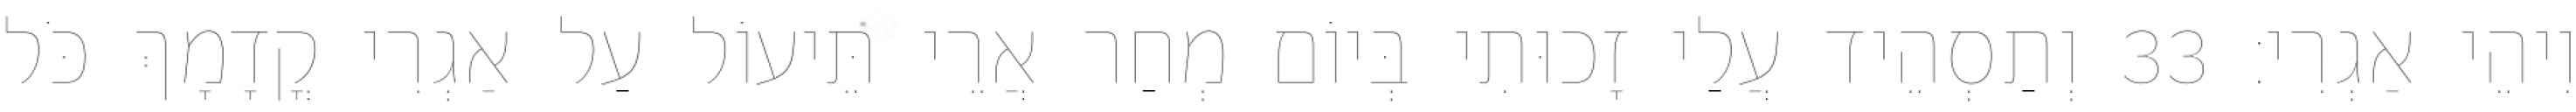
וִיהֵי אַגְרִי׃ 33 וְתַסְהֵיד עֲלַי זָכוּתִי בְּיוֹם מְחַר אֲרֵי תֵּיעוֹל עַל אַגְרִי קֳדָמָךְ כֹּל